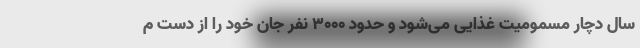
سال دچار مسمومیت غذایی می‌شود و حدود ۳۰۰۰ نفر جان خود را از دست م